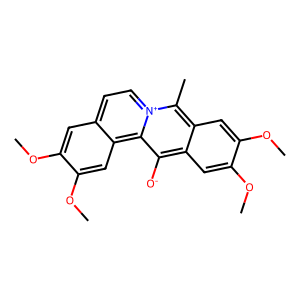
SMILES: COc1cc2cc[n+]3c(C)c4cc(OC)c(OC)cc4c([O-])c3c2cc1OC
Inhibits HIV replication: No